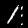
Label: 1